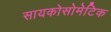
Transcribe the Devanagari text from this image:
सायकोसोमेटिक